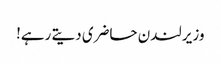
وزیر لندن حاضری دیتے رہے!